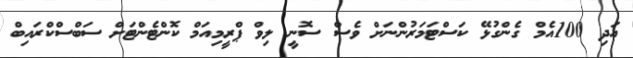
އަދި 100އެމް ގެންގުޅޭ ކަސްޓަމަރުންނަށް ވެސް ސޮނީ ލިވް ޕްރީމިއަމް ކޮންޓެންޓަށް ސަބްސްކްރައިބް